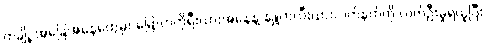
တချို့ အခြေအနေတွေမှာ မြောက်ကိုရီးယားအနေနဲ့ နျူကလီးယားလက်နက်ကို လက်ဦးမှုရယူပြီး